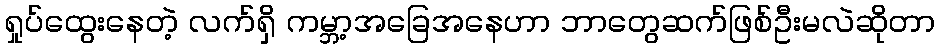
ရှုပ်ထွေးနေတဲ့ လက်ရှိ ကမ္ဘာ့အခြေအနေဟာ ဘာတွေဆက်ဖြစ်ဦးမလဲဆိုတာ